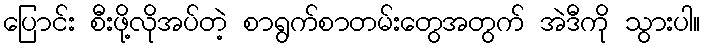
ပြောင်း စီးဖို့လိုအပ်တဲ့ စာရွက်စာတမ်းတွေအတွက် အဲဒီကို သွားပါ။